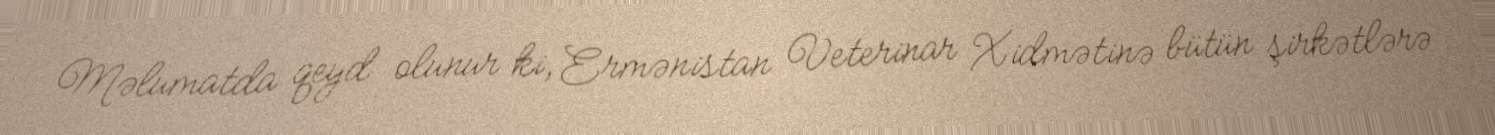
Məlumatda qeyd olunur ki, Ermənistan Veterinar Xidmətinə bütün şirkətlərə